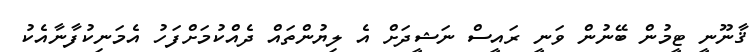
ޤާނޫނީ ޓީމުން ބޭނުން ވަނީ ރައީސް ނަޝީދަށް އެ ލިޔުންތައް ދެއްކުމަށްފަހު އެމަނިކުފާނާއެކު